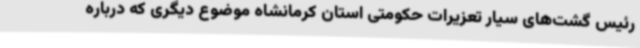
رئیس گشت‌های سیار تعزیرات حکومتی استان کرمانشاه موضوع دیگری که درباره